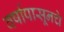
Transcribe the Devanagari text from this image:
वर्षापासूनचे